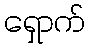
ရှောက်